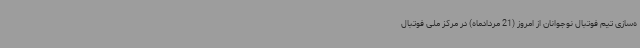
ه‌سازی تیم فوتبال نوجوانان از امروز (21 مردادماه) در مرکز ملی فوتبال